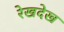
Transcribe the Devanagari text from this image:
रेखदेख